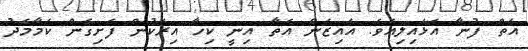
އަތް ފުނާ އަޅައިލިއެވެ. އައިޒަން އެތާ އިނީ ކިހާ އިރަކުން ފެށިގެން ކަމާމެދު